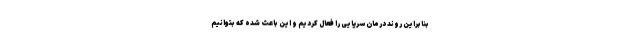
بنابراین روند درمان سرپایی را فعال کردیم و این باعث شده که بتوانیم